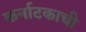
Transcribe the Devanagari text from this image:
कर्नाटकाची